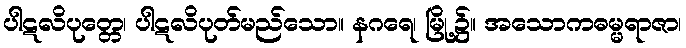
ပါဋလိပုတ္တေ၊ ပါဋလိပုတ်မည်သော။ နဂရေ၊ မြို့၌။ အသောကဓမ္မရာဇာ၊